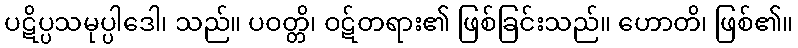
ပဋိပ္ပသမုပ္ပါဒေါ၊ သည်။ ပဝတ္တိ၊ ဝဋ်တရား၏ ဖြစ်ခြင်းသည်။ ဟောတိ၊ ဖြစ်၏။